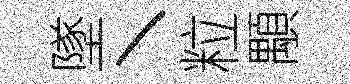
墜丶粒顒